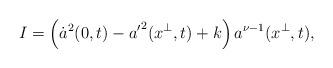
LaTeX: \begin{align*}I=\left(\dot{a}^2(0,t)-{a'}^2(x^\perp,t)+k\right)a^{\nu-1}(x^\perp,t),\end{align*}